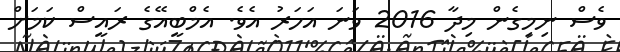
ވެސް ނިމިގެން މިދާ 2016 ވަނަ އަހަރު އެވެ. އެމްބީއޭގެ ރައީސް ކަމަށް